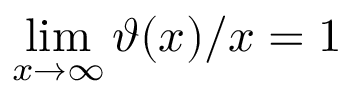
\operatorname* { l i m } _ { x \to \infty } \vartheta ( x ) / x = 1